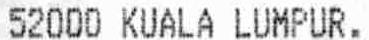
52000 KUALA LUMPUR.